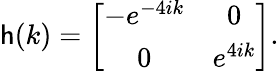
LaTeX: {\sf h}(k)=\left[\begin{array}{cc}{-e^{-4ik}}&{0}\\ {0}&{e^{4ik}}\end{array}\right].